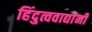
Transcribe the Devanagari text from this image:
हिंदुत्ववाद्यांनी